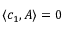
\langle c _ { 1 } , A \rangle = 0